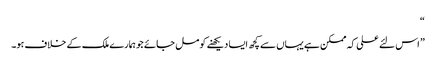
“
” اس لئے علی کہ ممکن ہے یہاں سے کچھ ایسا دیکھنے کو مل جائے جو ہمارے ملک کے خلاف ہو۔